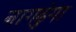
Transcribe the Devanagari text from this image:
नागढुंगा